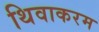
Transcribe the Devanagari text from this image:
थिवाकरम